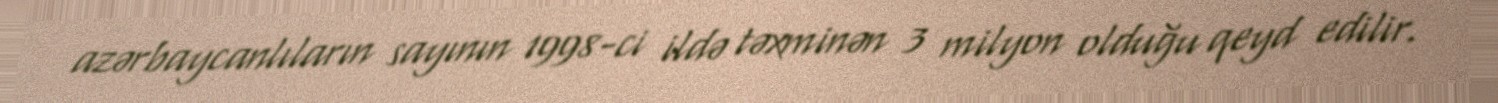
azərbaycanlıların sayının 1998-ci ildə təxminən 3 milyon olduğu qeyd edilir.